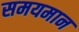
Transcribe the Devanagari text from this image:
समयमान